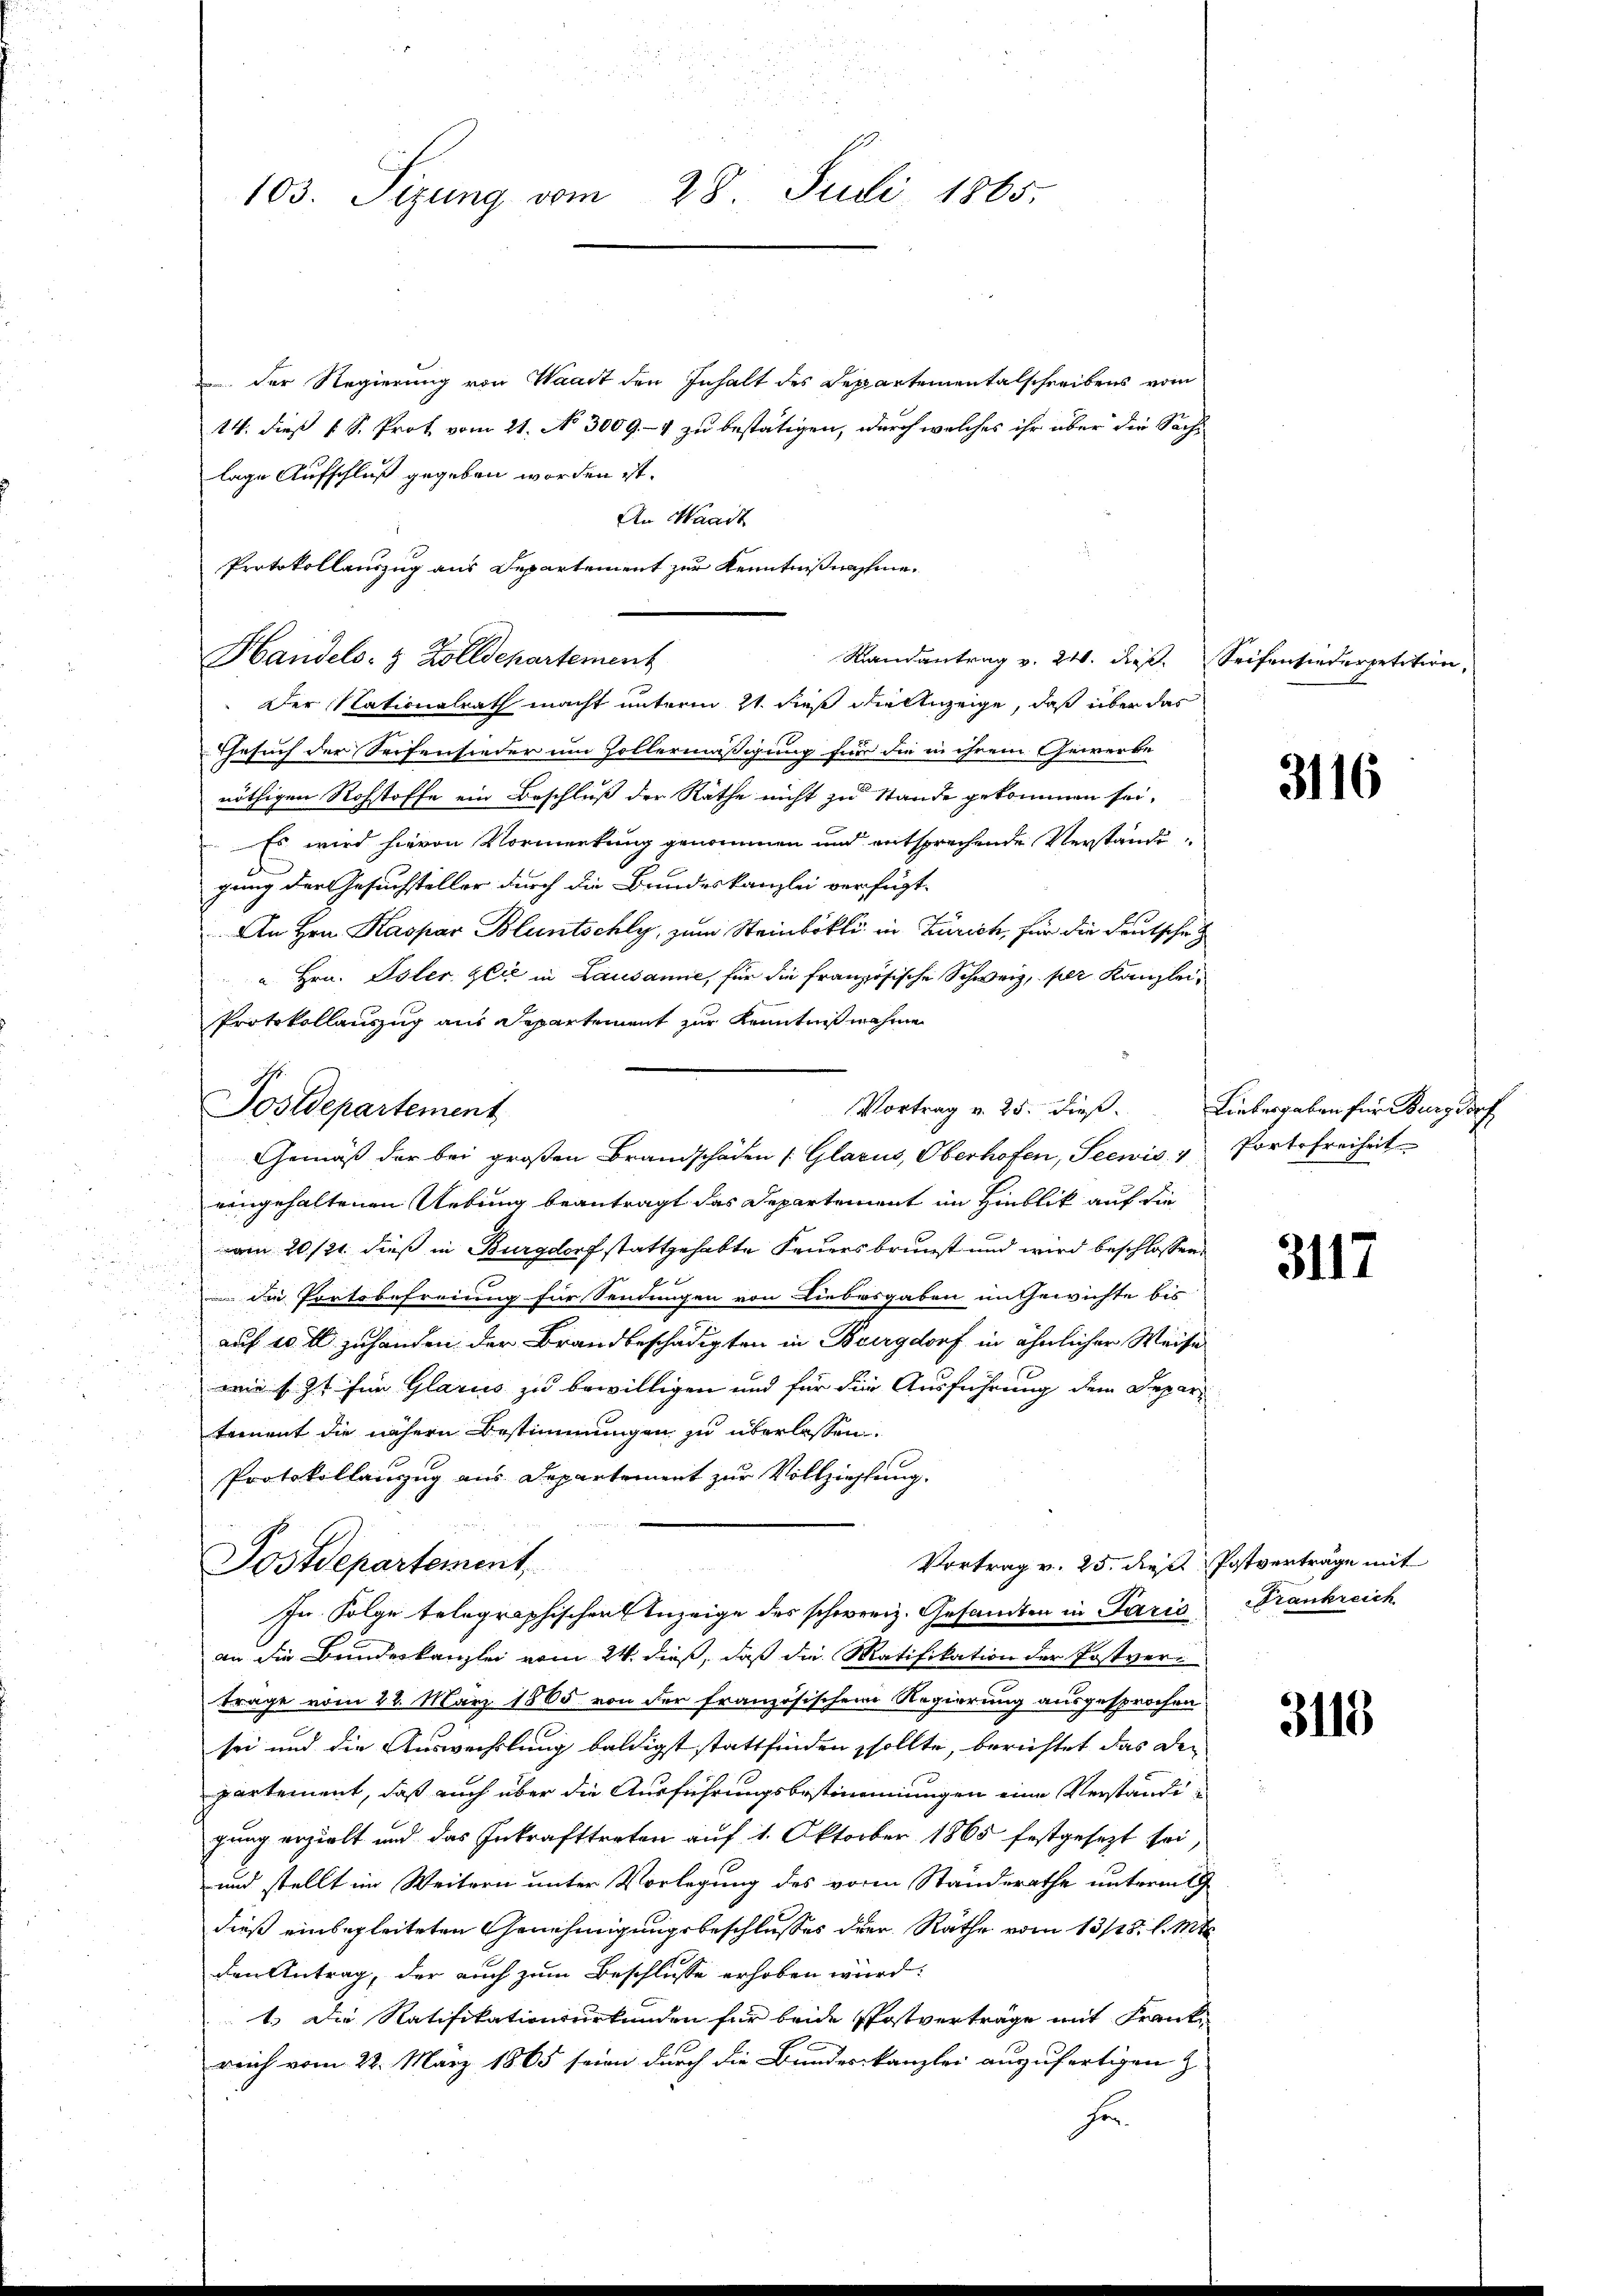
103. Sizung vom 28. Juli 1865.

. der Regierung von Waadt den Inhalt des Repartementalschreibens vom
14. dieß 1 S. Prot vom 21. No. 3009.- 4 zu bestätigen, durch welches ihr über die Sach-
lage Aufschluß gegeben worden ist.
An Waadt
Protokollauszug aus Departement zur Kenntnißnahme.
Handels- & Zolldepartement
Randantrag v. 24. dieß. Seifensiederpetition,
Der Nationalrath macht unterm 2t dieß die Anzeige, daß über das
Gesuch der Seifensieder um Zollermäßigung für die in ihrem Gewerbe
nöthigen Rohstoffe ein Beschluß der Räthe nicht zu Stande gekommen sei,
Es wird hievon Vormerkung genommen und entsprechende Verständigung der Gesuchsteller durch die Bundeskanzlei verfügt
An Hrn. Kaspar Bluntschly, zum Steinbökli in Zürich, für die Deutsche
u. Hrn. Isler Zeit in Lausanne, für die französische Schweiz, per Kanzlei¬
Protokollauszug aus Departement zur Kenntnißnahme
eingehaltenen Uebung beantragt das Departement im Hinblik auf die
u
am 20./21. dieß in Burgdorf stattgehabte Feuersbrunst und wird beschlossen:
n die Portobefreiung für Sendungen von Liebesgaben im Gewichte bis
auf 20 fl zuhanden der Brandbeschädigten in Burgdorf in ähnlicher Weise
wie s. Z. für Glarus zu bewilligen und für die Ausführung dem Departement die nähern Bestimmungen zu überlassen.
Protokollanzug aus Departement zur Vollziehung.
Vortrag v. 25. die Patvertrage mit
Postdepartement,
In Folge telegraphischen Anzeige des schweiz. Gesandten in Paris Frankreich
an die Bundeskanzlei vom 24. dieß, daß die Ratifikation der Postvertrage vom 22. März 1865 von der französischem Regierung ausgesprochen
sei und die Auswechslung baldigst stattfinden sollte, berichtet das Departement, daß auch über die Ausführungsbestimmungen eine Verständigung erzielt und das Inkrafttreten auf 1. Oktober 1865 festgesezt sei,
und stellt im Weitern unter Vorlegung des vom Standerathe unterm 19
dieß einbegleiteten Genehmigungsbeschlusses der Rathe vom 13/18. l. Mts.
den Antrag, der auch zum Beschlusse erhoben wird:
1.) Die Ratifikationsurkunden für beide Postverträge mit Frankreich vom 22. März 1865 seien durch die Bundeskanzlei anzufertigen z.
Fr

Postdepartement

Vortrag v. 25. dieß. Liebesgaben für Burgdorf
Gemäß der bei großen Brandschaden (Glarus, Oberhofen, Seewis, 4

3116

Portofreiheit

3117

3113